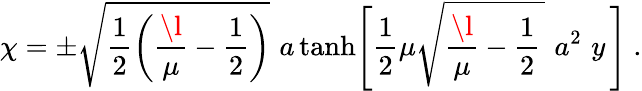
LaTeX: \chi=\pm\sqrt{\frac{1}{2}\left(\frac{\l}{\mu}-\frac{1}{2}\right)}\, \, a\operatorname{tanh}\Biggl[\frac{1}{2}\mu\sqrt{\frac{\l}{\mu}-\frac{1}{2}\, }\, \, a^{2}\, \, y\, \Biggr]~.